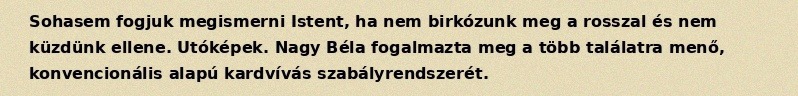
Sohasem fogjuk megismerni Istent, ha nem birkózunk meg a rosszal és nem küzdünk ellene. Utóképek. Nagy Béla fogalmazta meg a több találatra menő, konvencionális alapú kardvívás szabályrendszerét.